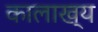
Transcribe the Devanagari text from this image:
कालाख्य